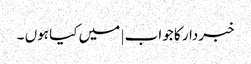
خبردار کا جواب | میں کیا ہوں ۔